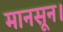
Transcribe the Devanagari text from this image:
मानसून।